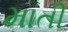
માતી